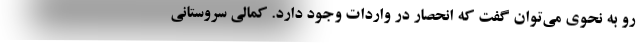
رو به نحوی می‌توان گفت که انحصار در واردات وجود دارد. کمالی سروستانی